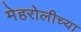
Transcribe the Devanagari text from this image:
मेहरोलीच्या